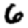
Digit: 6